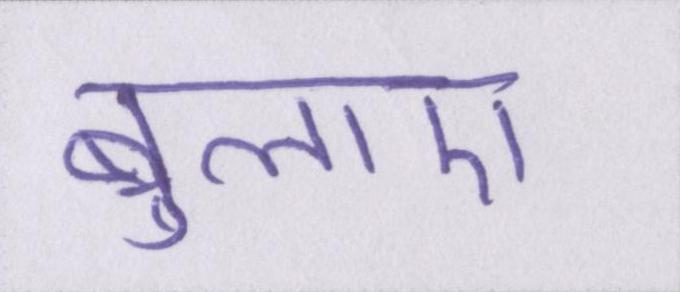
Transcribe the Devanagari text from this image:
बुलाए